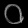
Digit: ၀